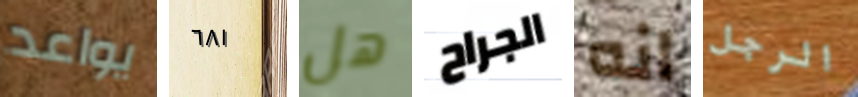
يواعد ٦٨١ هل الجراح انه الرجل